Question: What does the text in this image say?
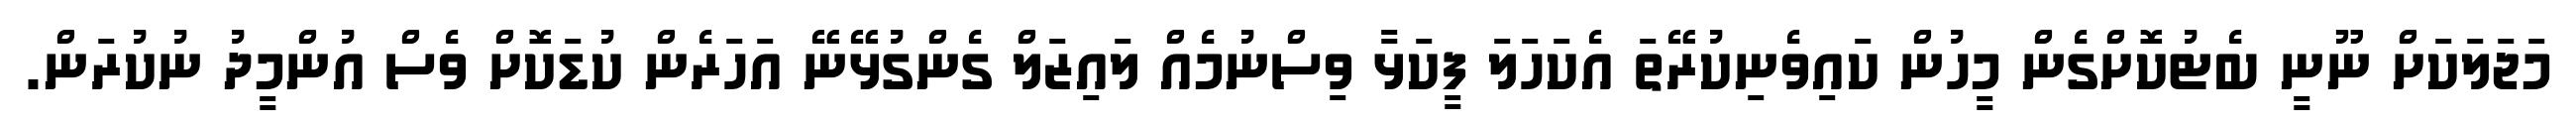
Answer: މަޖަލަކަށް ނޫނީ ބެޓުކޮށްގެން މީހުން ކައިވެނިކުރޭތަ އެކަހަލަ ފީކަޅާ ވިސްނުމެއް ލައިޒަލް ގެންގުޅޭނޭ އަހަރެން ކުޑަކޮށް ވެސް އުންމީދު ނުކުރަން.